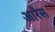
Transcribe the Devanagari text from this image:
आरैस